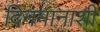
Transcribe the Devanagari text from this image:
दिनमानाशी